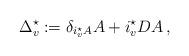
LaTeX: \begin{align*}\Delta_v^{\star} := \delta_{i_v^{\star} A} A + i_v^{\star} DA\,, \end{align*}